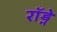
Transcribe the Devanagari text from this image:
राॅड्ने